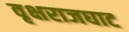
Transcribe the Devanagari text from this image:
वृक्षराजघाट